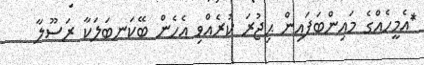
*އެމީހެއްގެ މައިންބަފައިން ޙިޖުރަ ކުރެއްވި އެހެން ބޭކަނބަލަކާ ރަސޫލާ